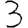
Digit: 3